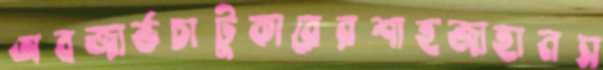
অবজার্ভচাটুকারেরশাহজাহানস